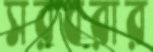
সরবরার